Vaccine operations Central Provinces 1868-1885 - 1868-1885
Year: 1868
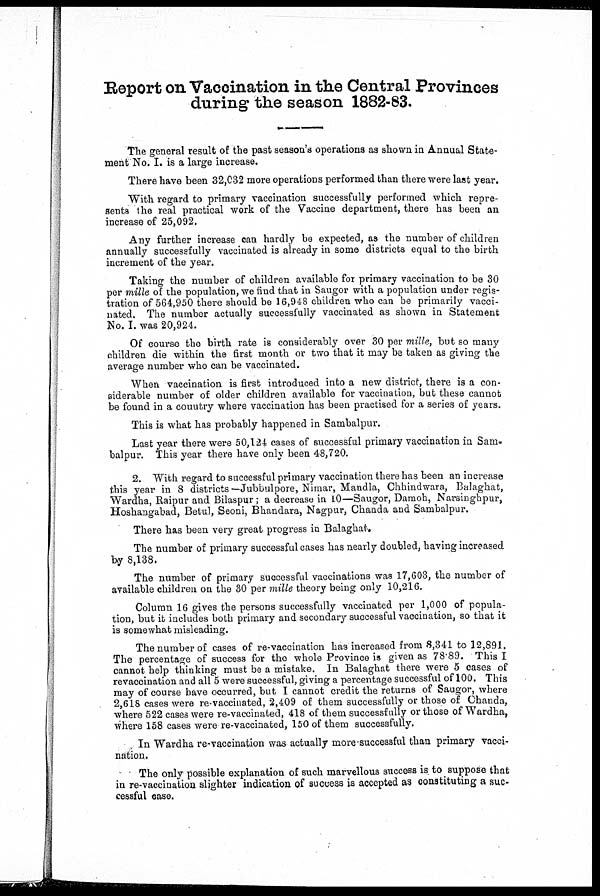
Report on Vaccination in the Central Provinces
during the season 1882-83.
The general result of the past season's operations as shown in Annual State-
ment No. I. is a large increase.
There have been 32,032 more operations performed than there were last year.
With regard to primary vaccination successfully performed which repre-
sents the real practical work of the Vaccine department, there has been an
increase of 25,092.
Any further increase can hardly be expected, as the number of children
annually successfully vaccinated is already in some districts equal to the birth
increment of the year.
Taking the number of children available for primary vaccination to be 30
per mille of the population, we find that in Saugor with a population under regis-
tration of 564,950 there should be 16,948 children who can be primarily vacci-
nated. The number actually successfully vaccinated as shown in Statement
No. I. was 20,924.
Of course the birth rate is considerably over 30 per mille, but so many
children die within the first month or two that it may be taken as giving the
average number who can be vaccinated.
When vaccination is first introduced into a new district, there is a con-
siderable number of older children available for vaccination, but these cannot
be found in a country where vaccination has been practised for a series of years.
This is what has probably happened in Sambalpur.
Last year there were 50,124 cases of successful primary vaccination in Sam-
balpur. This year there have only been 48,720.
2. With regard to successful primary vaccination there has been an increase
this year in 8 districts —Jubbulpore, Nimar, Mandla, Chhindwara, Balaghat,
Wardha, Raipur and Bilaspur; a decrease in 10—Saugor, Damoh, Narsinghpur,
Hoshangabad, Betul, Seoni, Bhandara, Nagpur, Chanda and Sambalpur.
There has been very great progress in Balaghat.
The number of primary successful cases has nearly doubled, having increased
by 8,138.
The number of primary successful vaccinations was 17,603, the number of
available children on the 30 per mille theory being only 10,216.
Column 16 gives the persons successfully vaccinated per 1,000 of popula-
tion, but it includes both primary and secondary successful vaccination, so that it
is somewhat misleading.
The number of cases of re-vaccination has increased from 8,341 to 12,891.
The percentage of success for the whole Province is given as 78.89. This I
cannot help thinking must be a mistake. In Balaghat there were 5 cases of
revaccination and all 5 were successful, giving a percentage successful of 100. This
may of course have occurred, but I cannot credit the returns of Saugor, where
2,618 cases were re-vaccinated, 2,409 of them successfully or those of Chanda,
where 522 cases were re-vaccinated, 418 of them successfully or those of Wardha,
where 158 cases were re-vaccinated, 150 of them successfully.
In Wardha re-vaccination was actually more successful than primary vacci-
nation.
The only possible explanation of such marvellous success is to suppose that
in re-vaccination slighter indication of success is accepted as constituting a suc-
cessful case.